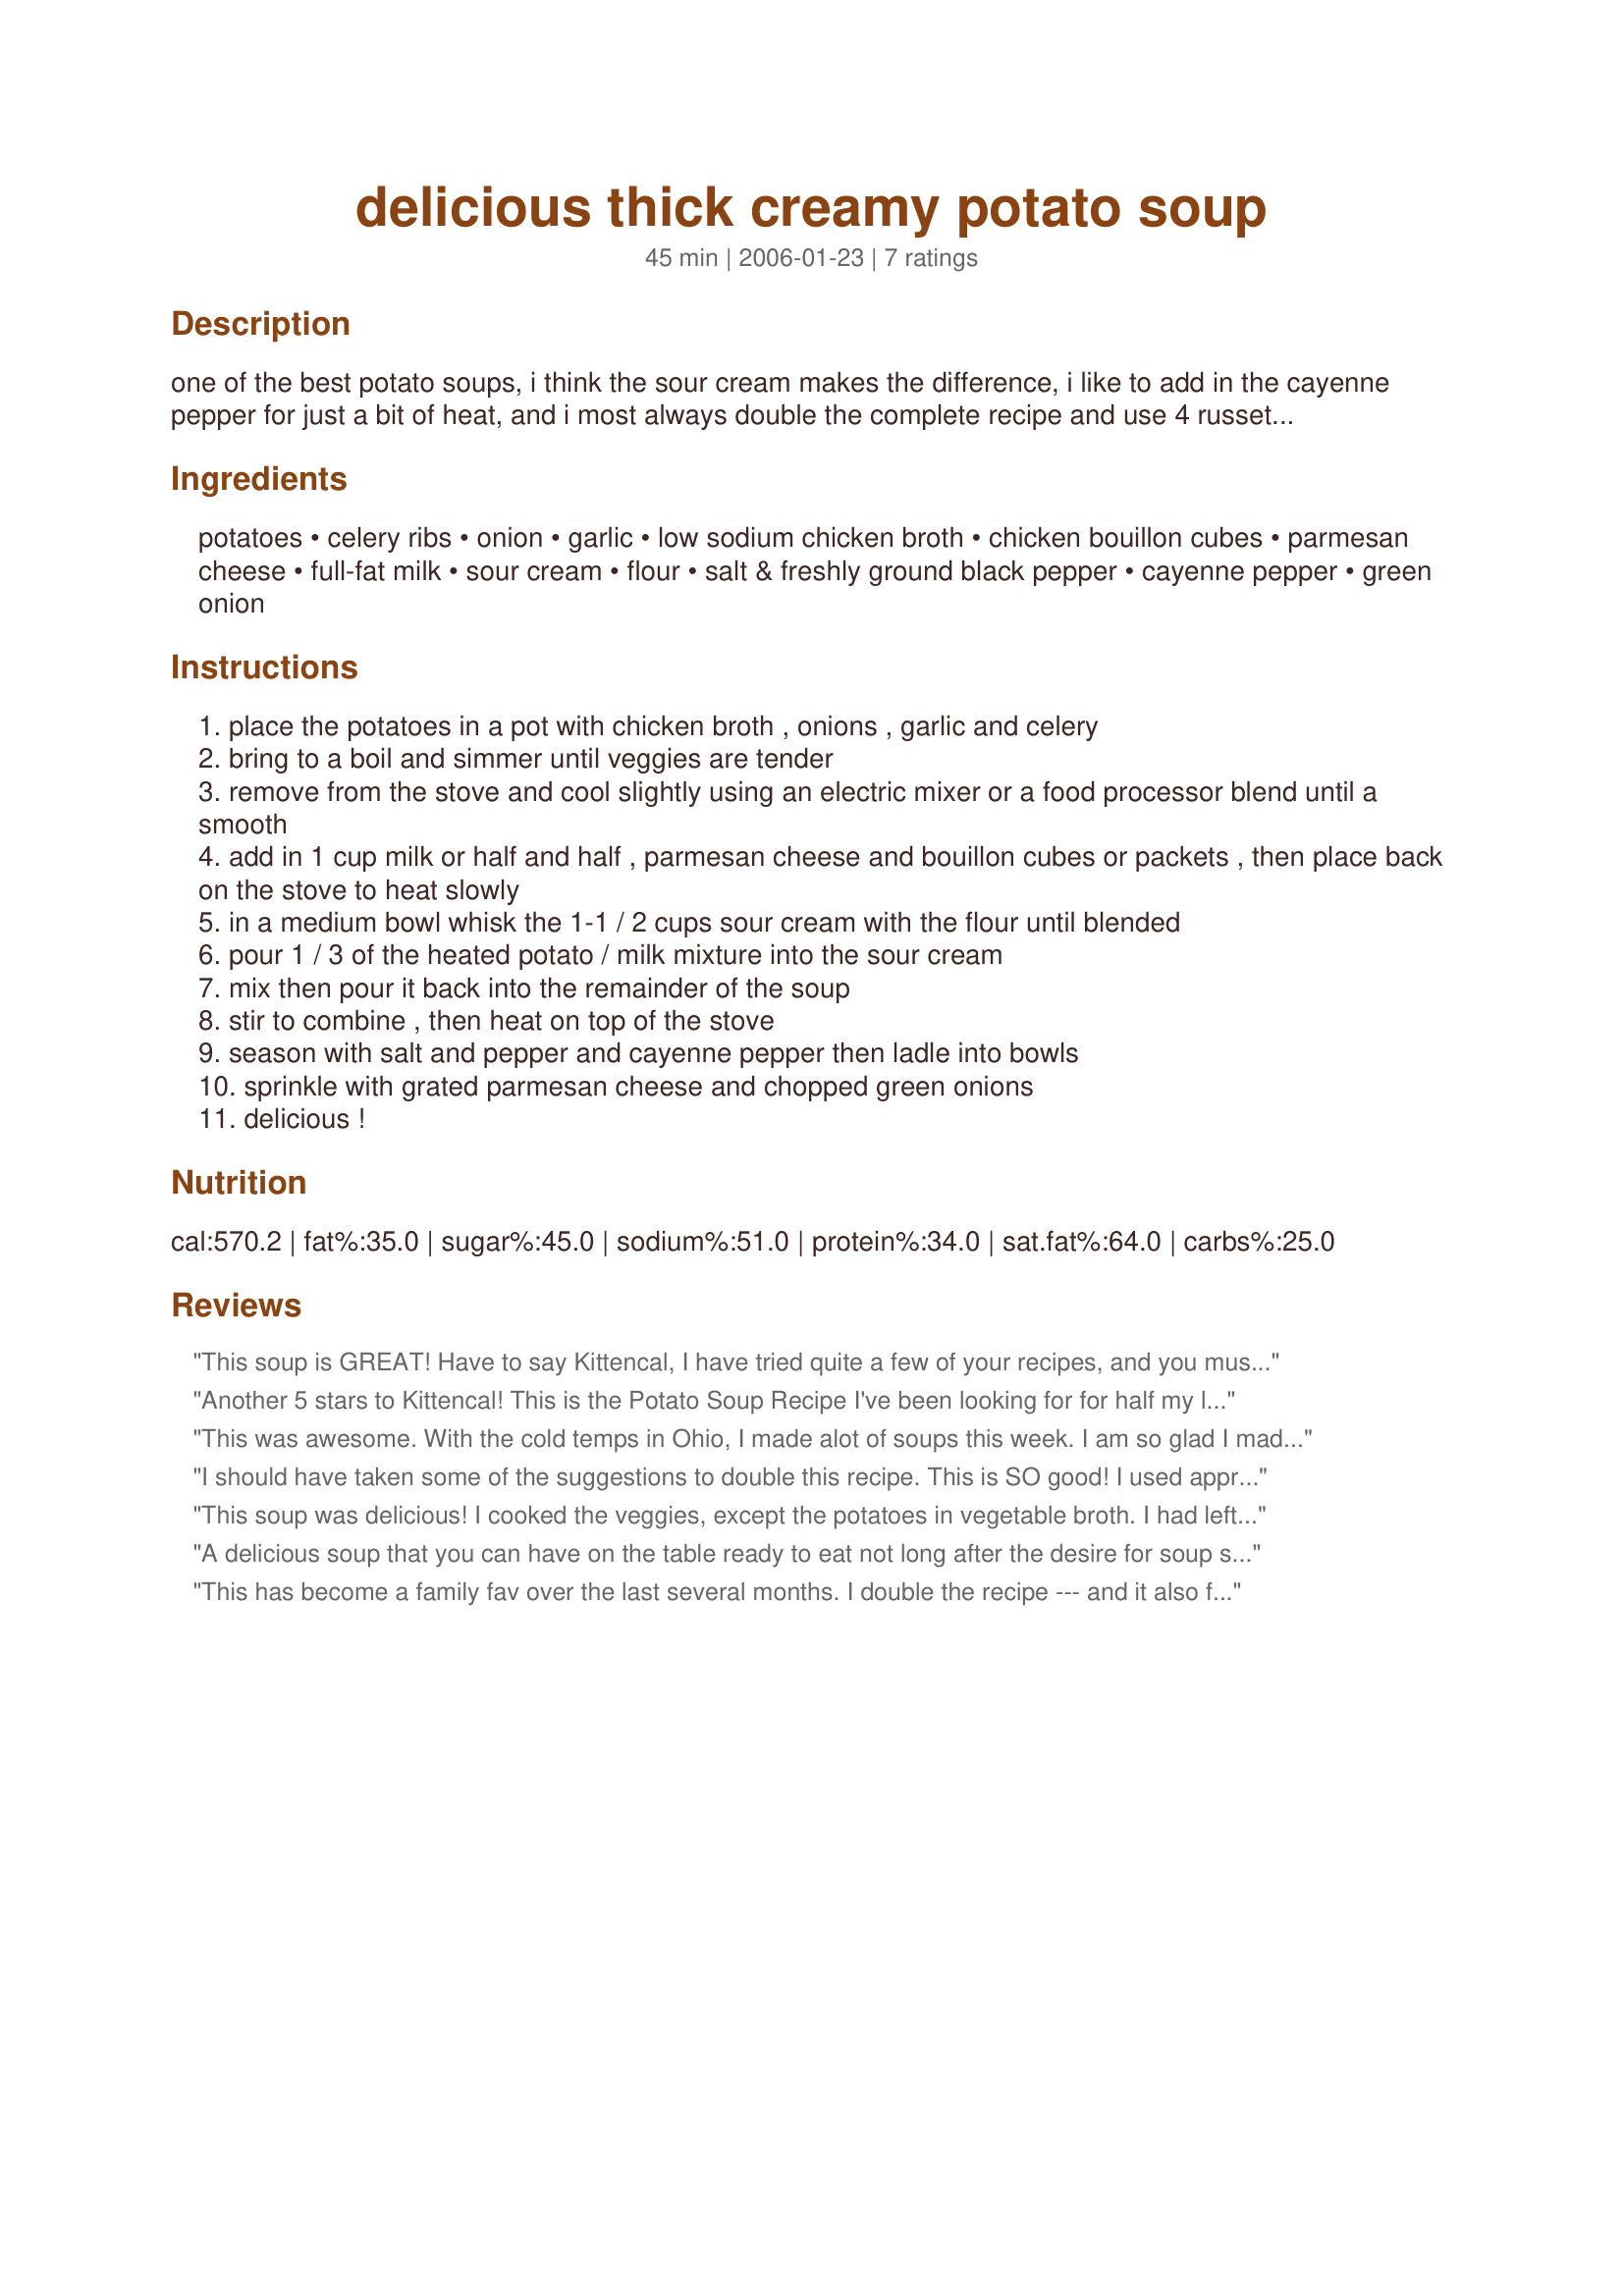
delicious thick creamy potato soup
Preparation time: 45 minutes

one of the best potato soups, i think the sour cream makes the difference, i like to add in the cayenne pepper for just a bit of heat, and i most always double the complete recipe and use 4 russet potatoes and 4 red potatoes. if desired you can add in some cooked cubed potatoes just before serving and sprinkle with more parmesan cheese, i most always do! you will love this!

Ingredients:
potatoes, celery ribs, onion, garlic, low sodium chicken broth, chicken bouillon cubes, parmesan cheese, full-fat milk, sour cream, flour, salt & freshly ground black pepper, cayenne pepper, green onion

Steps:
place the potatoes in a pot with chicken broth , onions , garlic and celery
bring to a boil and simmer until veggies are tender
remove from the stove and cool slightly using an electric mixer or a food processor blend until a smooth
add in 1 cup milk or half and half , parmesan cheese and bouillon cubes or packets , then place back on the stove to heat slowly
in a medium bowl whisk the 1-1 / 2 cups sour cream with the flour until blended
pour 1 / 3 of the heated potato / milk mixture into the sour cream
mix then pour it back into the remainder of the soup
stir to combine , then heat on top of the stove
season with salt and pepper and cayenne pepper then ladle into bowls
sprinkle with grated parmesan cheese and chopped green onions
delicious !

Reviews:
This soup is GREAT! Have to say Kittencal, I have tried quite a few of your recipes, and you must really ROCK in the kitchen! Thanks for posting this one!
Another 5 stars to Kittencal! This is the Potato Soup Recipe I've been looking for for half my life! I made it with everyday grocery store Parmesan and next time I will buy and grate some good Parmesan. This recipe is so good it deserves top shelf ingredients. I used Salt Free Bouillion (due to Doctors orders) and low sodium broth as called for and then I added one can of regular chicken broth so that there was some salt. It came out great. I'm sure there's some salt in the cheese too. :) Thank you for being here providing us with so many wonderful recipes! Hats off to Kittencal! Thanks!
This was awesome. With the cold temps in Ohio, I made alot of soups this week. I am so glad I made this one. I never had a potato soup with sour cream before. This had a nice bite from the sour cream, and all of us enjoyed it. It was much thicker than I am used to, but it was a nice change. Thanks for posting this recipe!
I should have taken some of the suggestions to double this recipe. This is SO good! I used approximately 2 lbs of potatoes, added a medium carrot, diced, and LOTS of garlic. Used homemade chicken broth, skim milk, and low-fat sour cream. Used a home-made seasoning salt that has a little bit of heat to it. Garnished with the green onions and cooked and crumbled bacon. Tasted just like a loaded baked potato. The sour cream really adds the extra dimension to this soup. I will be making this again. Thank you for another winner, Kitten! :)
This soup was delicious! I cooked the veggies, except the potatoes in vegetable broth. I had leftover potatoes, so I added them in and blended the soup. I didn't have all the sour cream, so added some cream cheese. My daughter and I had this with dinner and loved it! Thank you so much!
A delicious soup that you can have on the table ready to eat not long after the desire for soup strikes! For me a souper-plus when so many of my favourite soup recipes need to simmer away for hours and hours. So this has been added to my favourite soups cookbook. I used a homemade chicken broth and low-fat milk and low-fat sour cream but otherwise followed the recipe exactly. And when I'm feeling rushed, as I was when I made this wonderful soup, I just love it that with KITTENCAL's recipes I don't even need to consider whether or not to increase the garlic. The quantity of garlic she includes in her recipes is always spot-on for my tastes. Thank you for sharing another delicious recipe!
This has become a family fav over the last several months. I double the recipe --- and it also freezes well. I do modify it a bit - I don't mash the potatoes (but I do the onion and celery) and I add 8 oz of cream cheese and use skim milk. Warning --- The calories are high but talk about comfort food --- Yummy!!!
